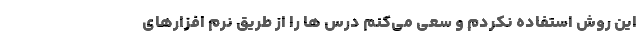
این روش استفاده نکردم و سعی می‌کنم درس ها را از طریق نرم افزارهای